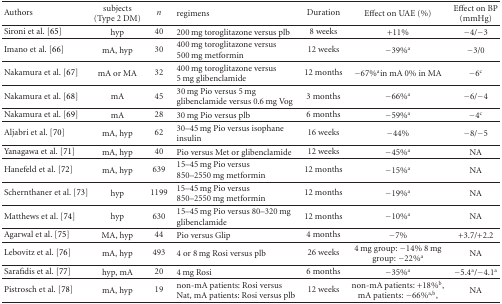
<table><thead><tr><td><b>Authors</b></td><td><b>subjects(Type 2 DM)</b></td><td><b><i>n</i></b></td><td><b>regimens</b></td><td><b>Duration</b></td><td><b>Effect on UAE (%)</b></td><td><b>Effect on BP (mmHg)</b></td></tr></thead><tbody><tr><td>Sironi et al. [65]</td><td>hyp</td><td>40</td><td>200 mg toroglitazone versus plb</td><td>8 weeks</td><td>+11%</td><td>−4/−3</td></tr><tr><td>Imano et al. [66]</td><td>mA, hyp</td><td>30</td><td>400 mg toroglitazone versus 500 mg metformin</td><td>12 weeks</td><td>−39%<sup>a</sup></td><td>−3/0</td></tr><tr><td>Nakamura et al. [67]</td><td>mA or MA</td><td>32</td><td>400 mg toroglitazone versus 5 mg glibenclamide</td><td>12 months</td><td>−67%<sup>a</sup>in mA 0% in MA</td><td>−6<sup>c</sup></td></tr><tr><td>Nakamura et al. [68]</td><td>mA</td><td>45</td><td>30 mg Pio versus 5 mg glibenclamide versus0.6 mg Vog</td><td>3 months</td><td>−66%<sup>a</sup></td><td>−6/−4</td></tr><tr><td>Nakamura et al. [69] </td><td>mA</td><td>28</td><td>30 mg Pio versus plb</td><td>6 months</td><td>−59%<sup>a</sup></td><td>−4<sup>c</sup></td></tr><tr><td>Aljabri et al. [70]</td><td>mA, hyp</td><td>62</td><td>30–45 mg Pioversus isophane insulin</td><td>16 weeks</td><td>−44%</td><td>−8/−5</td></tr><tr><td>Yanagawa et al. [71]</td><td>mA, hyp</td><td>40</td><td>Pio versus Met or glibenclamide</td><td>12 weeks</td><td>−45%<sup>a</sup></td><td>NA</td></tr><tr><td>Hanefeld et al. [72]</td><td>mA, hyp</td><td>639</td><td>15–45 mg Pioversus 850–2550 mg metformin</td><td>12 months</td><td>−15%<sup>a</sup></td><td>NA</td></tr><tr><td>Schernthaner et al. [73]</td><td>hyp</td><td>1199</td><td>15–45 mg Pioversus 850–2550 mg metformin</td><td>12 months</td><td>−19%<sup>a</sup></td><td>NA</td></tr><tr><td>Matthews et al. [74]</td><td>hyp</td><td>630</td><td>15–45 mg Pioversus 80–320 mg glibenclamide</td><td>12 months</td><td>−10%<sup>a</sup></td><td>NA</td></tr><tr><td>Agarwal et al. [75]</td><td>MA, hyp</td><td>44</td><td>Pio versus Glip</td><td>4 months</td><td>−7%</td><td>+3.7/+2.2</td></tr><tr><td>Lebovitz et al. [76]</td><td>mA, hyp</td><td>493</td><td>4 or 8 mg Rosi versus plb</td><td>26 weeks</td><td>4 mg group: −14% 8 mg group: −22%<sup>a</sup></td><td>NA</td></tr><tr><td>Sarafidis et al. [77]</td><td>hyp, mA</td><td>20</td><td>4 mg Rosi</td><td>6 months</td><td>−35%<sup>a</sup></td><td>−5.4<sup>a</sup>/−4.1<sup>a</sup></td></tr><tr><td>Pistrosch et al. [78]</td><td>mA, hyp</td><td>19</td><td>non-mA patients: Rosi versus Nat, mA patients: Rosi versus plb</td><td>12 weeks</td><td>non-mA patients: +18%<sup>b</sup>, mA patients:−66%<sup>a,b</sup>,</td><td>NA</td></tr></tbody></table>